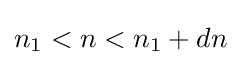
n_{1}<n<n_{1}+dn